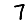
Digit: 7